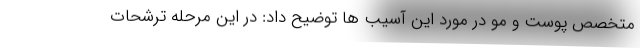
متخصص پوست و مو در مورد این آسیب ها توضیح داد: در این مرحله ترشحات